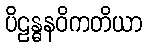
ပိဠန္ဓနဝိကတိယာ